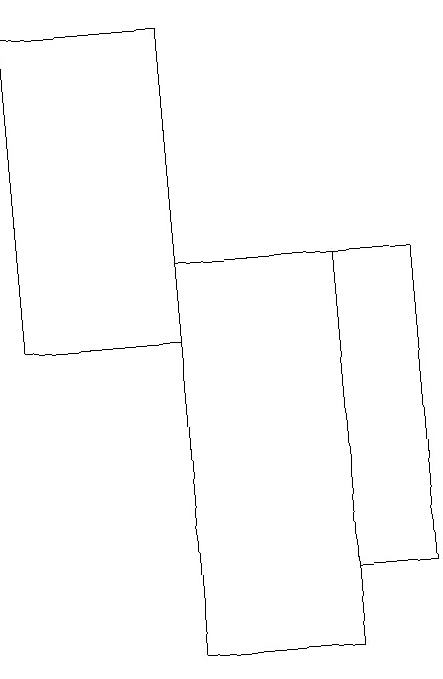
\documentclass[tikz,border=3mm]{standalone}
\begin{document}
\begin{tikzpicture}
\draw (7,15) rectangle (8,11);
\draw (7,15) rectangle (5,10);
\draw (5,18) rectangle (3,14);
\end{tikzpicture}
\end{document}